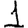
Digit: 1